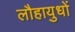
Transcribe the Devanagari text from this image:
लौहायुधों